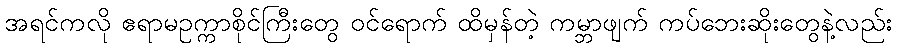
အရင်ကလို ဧရာမဥက္ကာစိုင်ကြီးတွေ ဝင်ရောက် ထိမှန်တဲ့ ကမ္ဘာဖျက် ကပ်ဘေးဆိုးတွေနဲ့လည်း